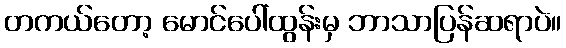
တကယ်တော့ မောင်ပေါ်ထွန်းမှ ဘာသာပြန်ဆရာပဲ။